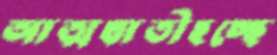
আত্মঘাতীহচ্ছে